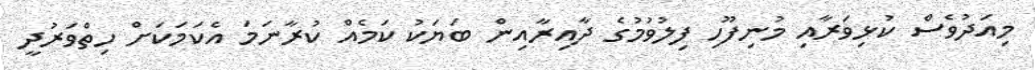
މިއަދުވެސް ކުޅިވަރާއި މުނިފޫހި ފިލުވުމުގެ ދާއިރާއިން ބަޔަކު ކަމެއް ކުރާނަމަ އެކަމަކަށް ހިތްވަރުދީ